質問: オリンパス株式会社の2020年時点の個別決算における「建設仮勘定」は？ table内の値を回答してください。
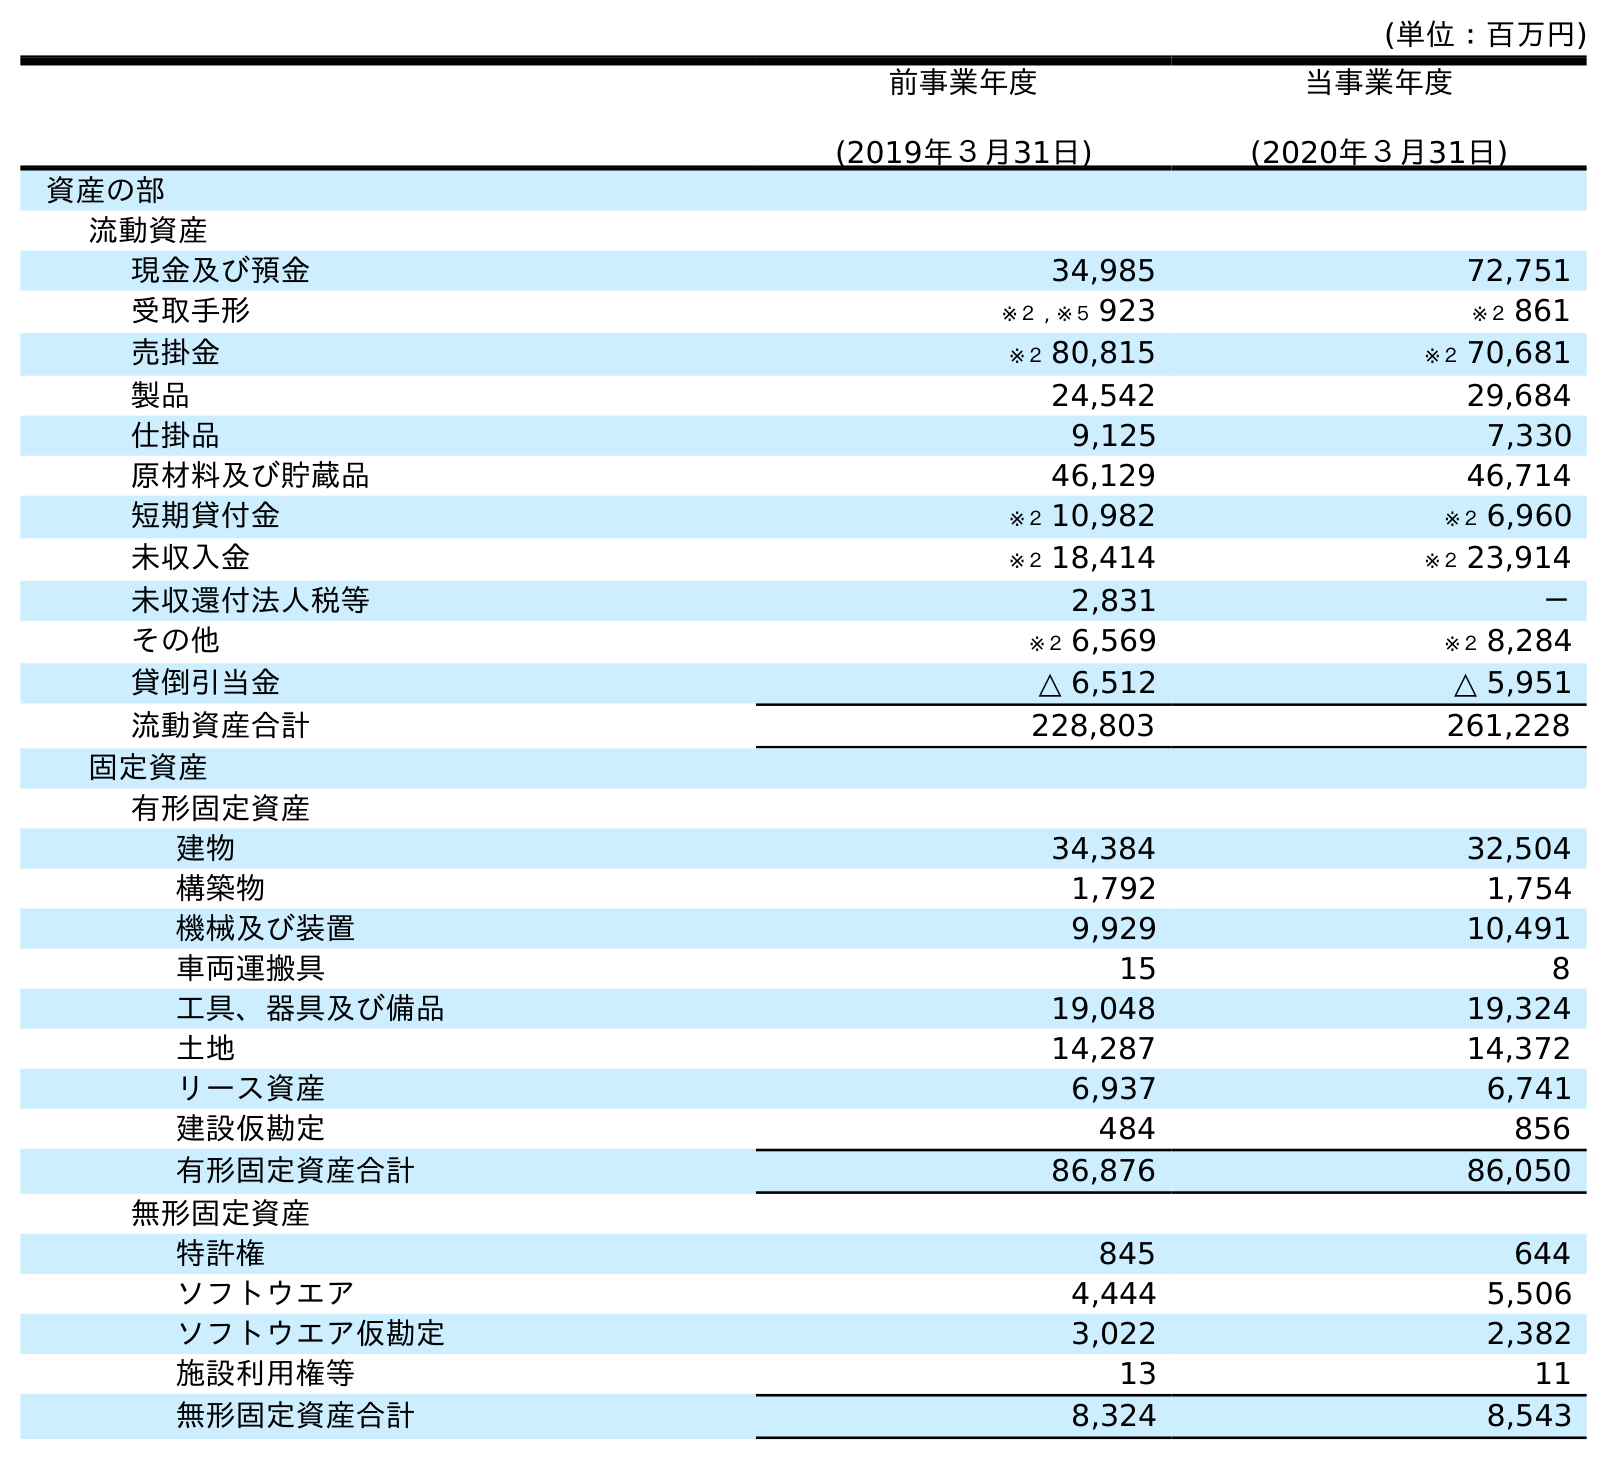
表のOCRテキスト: (単位：百万円) 前事業年度 (2019年３月31日) 当事業年度 (2020年３月31日) 資産の部 流動資産 現金及び預金 34,985 72,751 受取手形 ※２ , ※５ 923 ※２ 861 売掛金 ※２ 80,815 ※２ 70,681 製品 24,542 29,684 仕掛品 9,125 7,330 原材料及び貯蔵品 46,129 46,714 短期貸付金 ※２ 10,982 ※２ 6,960 未収入金 ※２ 18,414 ※２ 23,914 未収還付法人税等 2,831 － その他 ※２ 6,569 ※２ 8,284 貸倒引当金 △ 6,512 △ 5,951 流動資産合計 228,803 261,228 固定資産 有形固定資産 建物 34,384 32,504 構築物 1,792 1,754 機械及び装置 9,929 10,491 車両運搬具 15 8 工具、器具及び備品 19,048 19,324 土地 14,287 14,372 リース資産 6,937 6,741 建設仮勘定 484 856 有形固定資産合計 86,876 86,050 無形固定資産 特許権 845 644 ソフトウエア 4,444 5,506 ソフトウエア仮勘定 3,022 2,382 施設利用権等 13 11 無形固定資産合計 8,324 8,543
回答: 856